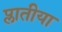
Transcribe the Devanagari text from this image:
प्लातीया